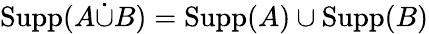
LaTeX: \operatorname{Supp}(A{\dot{\cup}}B)=\operatorname{Supp}(A)\cup\operatorname{Supp}(B)